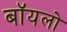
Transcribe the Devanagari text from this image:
बॉयलो